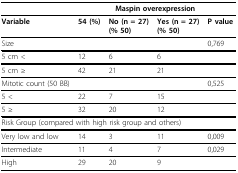
|  |  | <COLSPAN=2> Maspin overexpression |  |
 | --- | --- | --- | --- | --- |
 | Variable | 54 (%) | No (n = 27)(% 50) | Yes (n = 27)(% 50) | P value |
 | Size |  |  |  | 0,769 |
 | 5 cm < | 12 | 6 | 6 |  |
 | 5 cm ≥ | 42 | 21 | 21 |  |
 | Mitotic count (50 BB) |  |  |  | 0,525 |
 | 5 < | 22 | 7 | 15 |  |
 | 5 ≥ | 32 | 20 | 12 |  |
 | <COLSPAN=5> Risk Group (compared with high risk group and others) |
 | Very low and low | 14 | 3 | 11 | 0,009 |
 | Intermediate | 11 | 4 | 7 | 0,029 |
 | High | 29 | 20 | 9 |  |